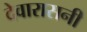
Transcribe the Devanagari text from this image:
देवारासनी